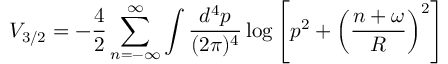
V _ { 3 / 2 } = - \frac { 4 } { 2 } \sum _ { n = - \infty } ^ { \infty } \int \frac { d ^ { 4 } p } { ( 2 \pi ) ^ { 4 } } \log \left[ p ^ { 2 } + \left( \frac { n + \omega } { R } \right) ^ { 2 } \right]